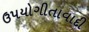
ઉપયોગીતાવાદી